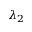
\lambda _ { 2 }